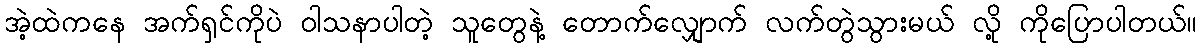
အဲ့ထဲကနေ အက်ရှင်ကိုပဲ ဝါသနာပါတဲ့ သူတွေနဲ့ တောက်လျှောက် လက်တွဲသွားမယ် လို့ ကိုပြောပါတယ်။